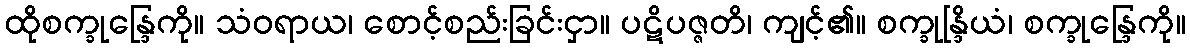
ထိုစက္ခုန္ဒြေကို။ သံဝရာယ၊ စောင့်စည်းခြင်းငှာ။ ပဋိပဇ္ဇတိ၊ ကျင့်၏။ စက္ခုန္ဒြိယံ၊ စက္ခုန္ဒြေကို။